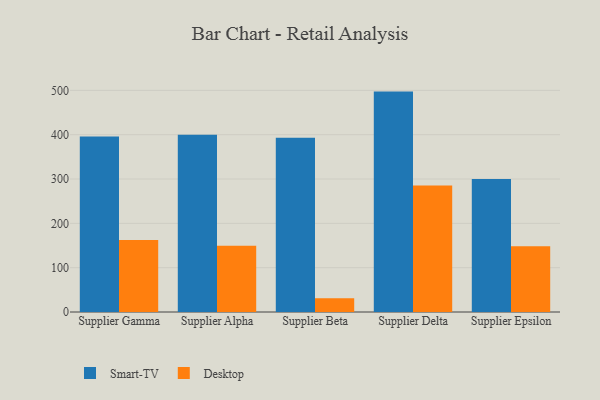
{"axis": {"x": "Supplier", "y": "Bounce Rate (%)"}, "legend": ["Desktop", "Smart-TV"], "data": [{"x": "Supplier Gamma", "y": 396.0, "type": "Smart-TV"}, {"x": "Supplier Gamma", "y": 162.7, "type": "Desktop"}, {"x": "Supplier Alpha", "y": 399.9, "type": "Smart-TV"}, {"x": "Supplier Alpha", "y": 149.6, "type": "Desktop"}, {"x": "Supplier Beta", "y": 393.1, "type": "Smart-TV"}, {"x": "Supplier Beta", "y": 31.3, "type": "Desktop"}, {"x": "Supplier Delta", "y": 497.2, "type": "Smart-TV"}, {"x": "Supplier Delta", "y": 285.6, "type": "Desktop"}, {"x": "Supplier Epsilon", "y": 300.2, "type": "Smart-TV"}, {"x": "Supplier Epsilon", "y": 148.2, "type": "Desktop"}]}